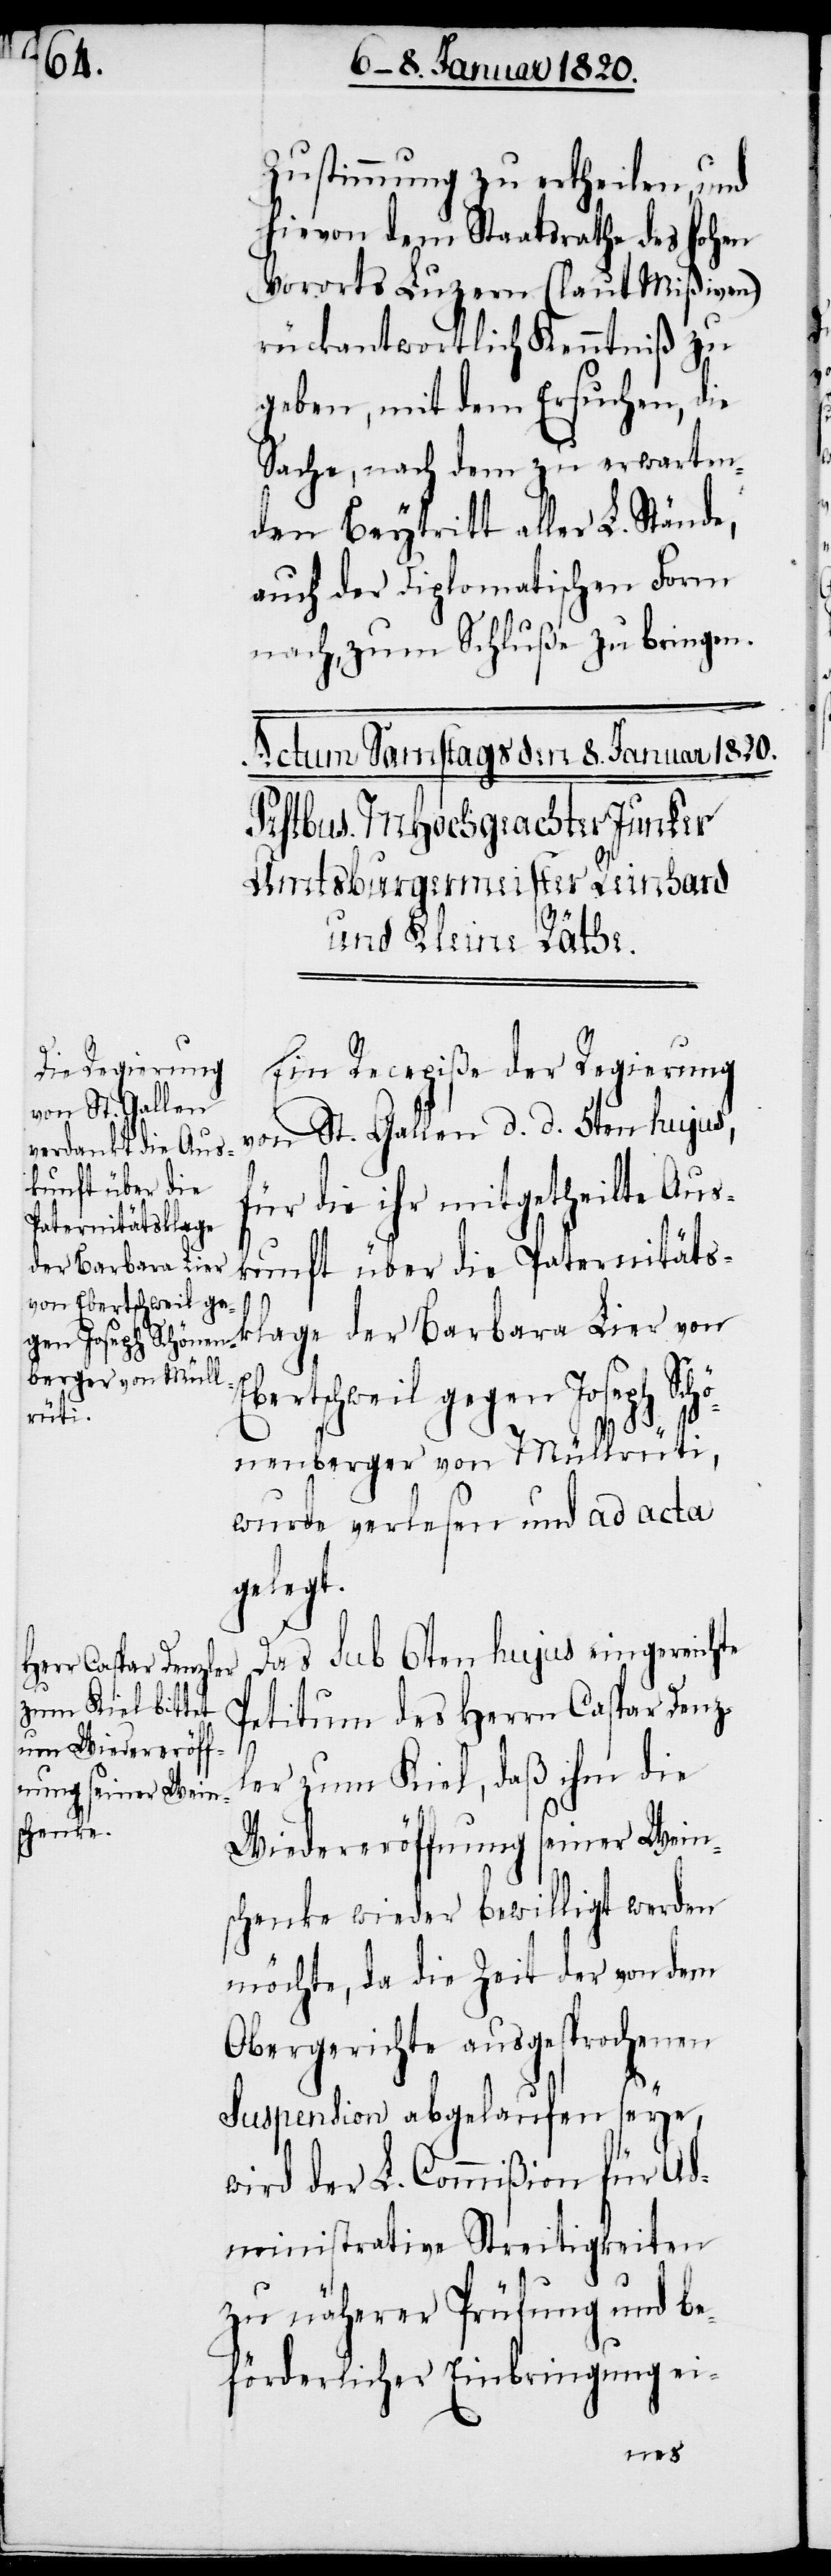
Zustimmung zu ertheilen,
und
hievon dem Staatsrathe des
hohen
Vororts Luzern (laut Mi¬
ßiven)
rückantwortlich Kenntniß zu
geben, mit dem Ersuchen, die
Sache, nach dem zu erwarten¬
den Beytritt aller L. Stände,
auch der Diplomatischen Form
nach, zum Schluße zu bringen.
Ein Recepiße der Regierung
von St. Gallen d d 5ten hujus,
kunft über die
für die ihr mitgetheilte Aus¬
Paternitätsklage
der Barbara Lier
Ebertschweil gegen Joseph Schö¬
nenberger von Müllrüti,
wurde verlesen und ad acta
gelegt.
Das sub 6ten hujus eingereichte
Petitum des Herrn Caspar Denz¬
ler zum Kiel, daß ihm die
Wiedereröffnung seiner Weins¬
chenke wieder bewilligt werden
möchte, da die Zeit der von dem
Obergerichte ausgesprochenen
Suspension abgelaufen seye,
wird der L. Commißion für Ad¬
ministrative Streitigkeiten
zu näherer Prüfung und be¬
förderlicher Einbringung ei-